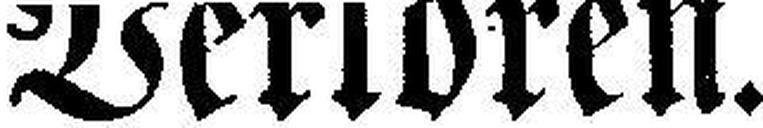
Verloren.